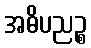
အဓိပညဉ္စ